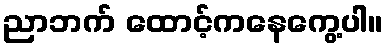
ညာဘက် ထောင့်ကနေကွေ့ပါ။